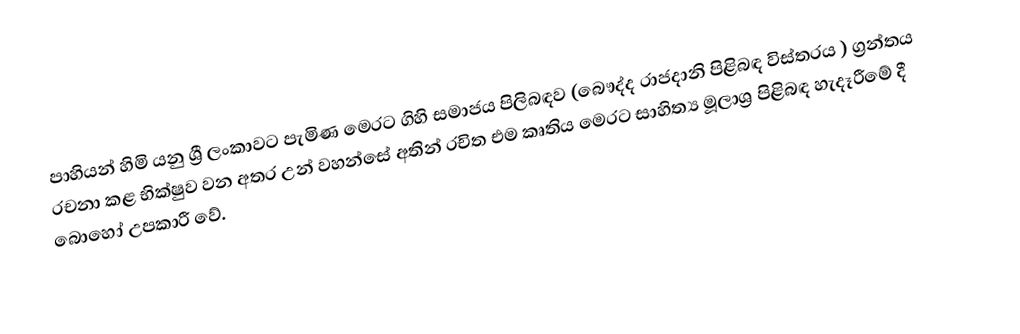
පාහියන් හිමි යනු ශ්‍රී ලංකාවට පැමිණ මෙරට ගිහි සමාජය පිලිබඳව (බෞද්ද රාජදානි පිළිබඳ විස්තරය ) ග්‍රන්තය රචනා කළ භික්ෂුව වන අතර උන් වහන්සේ අතින් රචිත එම කෘතිය මෙරට සාහිත්‍ය මූලාශ්‍ර පිළිබඳ හැදෑරීමේ දී බොහෝ උපකාරී වේ.